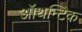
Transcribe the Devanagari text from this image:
ऑथन्टिक